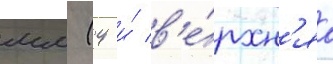
мм (4 и́ в'е́рхн'яа